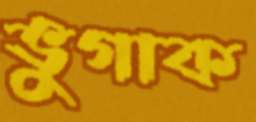
ভুগাক